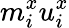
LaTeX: m_{i}^{x}u_{i}^{x}